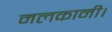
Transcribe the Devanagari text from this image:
मलकानी।